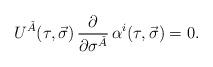
LaTeX: \begin{align*}U^{\check{A}}(\tau,\vec{\sigma})\, \frac{\partial} {\partial\sigma^{\check{A}}}\, \alpha^i(\tau,\vec{\sigma}) = 0. \end{align*}